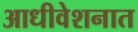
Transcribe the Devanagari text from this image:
आधीवेशनात